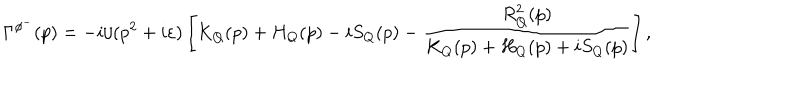
LaTeX: \Gamma ^ { \phi ^ { - } } ( p ) = - i / ( p ^ { 2 } + i \varepsilon ) \left[ K _ { Q } ( p ) + H _ { Q } ( p ) - i S _ { Q } ( p ) - \frac { R _ { Q } ^ { 2 } ( p ) } { K _ { Q } ( p ) + H _ { Q } ( p ) + i S _ { Q } ( p ) } \right] ,